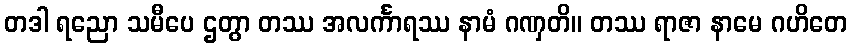
တဒါ ရညော သမီပေ ဌတွာ တဿ အလင်္ကာရဿ နာမံ ဂဏှတိ။ တဿ ရာဇာ နာမေ ဂဟိတေ